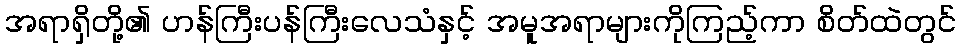
အရာရှိတို့၏ ဟန်ကြီးပန်ကြီးလေသံနှင့် အမူအရာများကိုကြည့်ကာ စိတ်ထဲတွင်